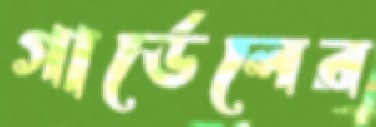
গার্ডেলের